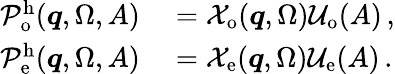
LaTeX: \begin{array}{rl}{\mathcal{P}_{\mathrm{o}}^{\mathrm{h}}(\boldsymbol{q},\Omega,A)}&{{}=\mathcal{X}_{\mathrm{o}}(\boldsymbol{q},\Omega)\mathcal{U}_{\mathrm{o}}(A)\, ,}\\ {\mathcal{P}_{\mathrm{e}}^{\mathrm{h}}(\boldsymbol{q},\Omega,A)}&{{}=\mathcal{X}_{\mathrm{e}}(\boldsymbol{q},\Omega)\mathcal{U}_{\mathrm{e}}(A)\, .}\end{array}